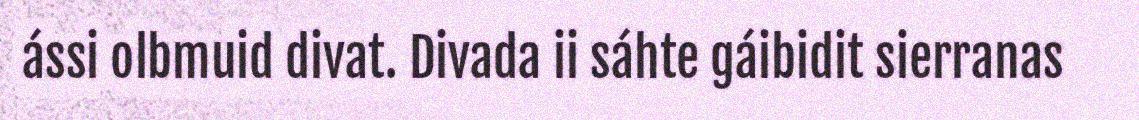
ássi olbmuid divat. Divada ii sáhte gáibidit sierranas